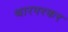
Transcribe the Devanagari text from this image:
थारपरकर